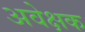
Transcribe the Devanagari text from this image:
अवेक्षक